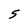
Character: 5